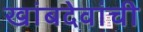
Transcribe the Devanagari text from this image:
खांबदेवांची